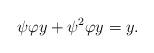
LaTeX: \begin{align*} \psi \varphi y + \psi^2 \varphi y = y.\end{align*}